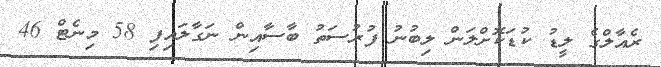
ރެއާލްގެ ލީޑު ކުޑަކޮށްލަން ލިބުނު ފުރުސަތު ބާސާއިން ނަގާލައިފި 58 މިނެޓް 46